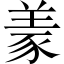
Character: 𱻌